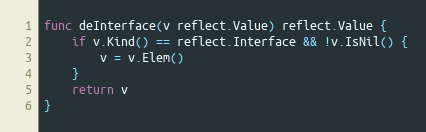
Language: Go
func deInterface(v reflect.Value) reflect.Value {
	if v.Kind() == reflect.Interface && !v.IsNil() {
		v = v.Elem()
	}
	return v
}